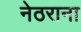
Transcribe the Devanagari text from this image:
नेठराना